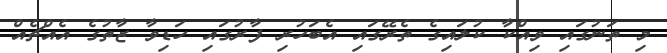
މި ތަނުގައި ވިއްކާ ކުލައިގެ ތެރޭގައި އެބަހުރި ފާރުގައި ހަޑިވާ ޒާތުގެ އެއްޗެއް